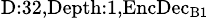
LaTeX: _{\textrm{D}:32,\textrm{Depth}:1,\textrm{EncDec}_{\textrm{B}1}}